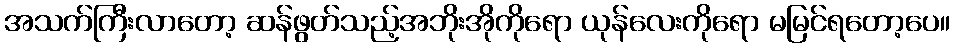
အသက်ကြီးလာတော့ ဆန်ဖွတ်သည့်အဘိုးအိုကိုရော ယုန်လေးကိုရော မမြင်ရတော့ပေ။